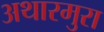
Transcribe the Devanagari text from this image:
अथारमुरा